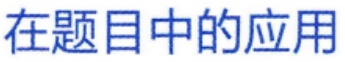
在题目中的应用